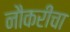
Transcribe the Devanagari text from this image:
नौकरीचा